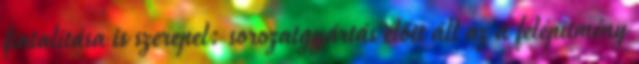
fiatalítása is szerepel: sorozatgyártás előtt áll az a felépítmény